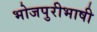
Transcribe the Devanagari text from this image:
भोजपुरीभाषी